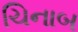
ચિનાબ